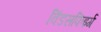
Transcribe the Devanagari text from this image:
विंडसफिइर्ग